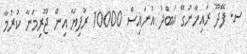
ސ. ފޭދޫ ރައިހާނުގޭ އަބްދު އުނައިސް 10000 ރުފިޔާ އިން ޖޫރިމަނާ ކުރުމާ